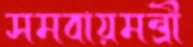
সমবায়মন্ত্রী